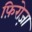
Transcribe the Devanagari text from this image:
फ़िरोज़ा